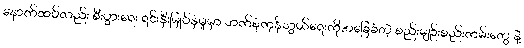
နောက်ထပ်လည်း စီးပွားရေး ရင်းနှီးမြုပ်နှံမှုမှာ ဘက်စုံကုန်သွယ်ရေးကိုအခြေခံတဲ့ စည်းမျဉ်းစည်းကမ်းတွေ နဲ့